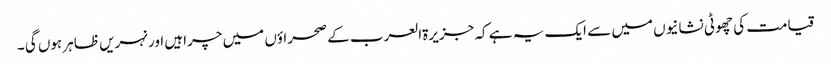
قیامت کی چھوٹی نشانیوں میں سے ایک یہ ہے کہ جزیرۃالعرب کے صحراؤں میں چراہیں اور نہریں ظاہر ہوں گی ۔